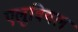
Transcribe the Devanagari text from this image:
एलुवियल